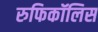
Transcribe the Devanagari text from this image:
रुफिकॉलिस